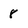
Character: 8